Sanitation, dispensaries and jails vaccination Rajputana 1922-1927 - 1922-1927
Year: 1922
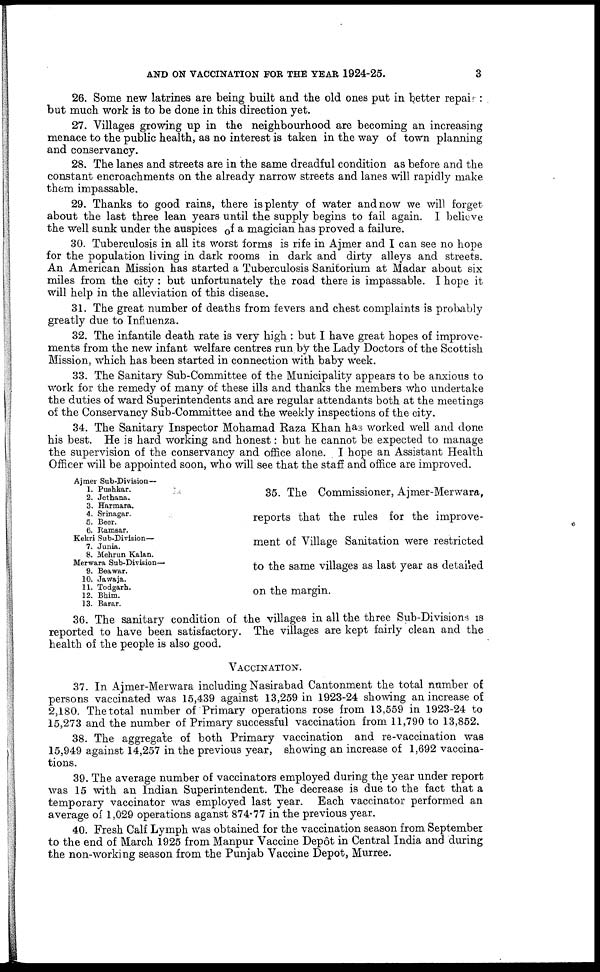
AND ON VACCINATION FOR THE YEAR 1924-25.
3
26. Some new latrines are being built and the old ones put in better repair :
but much work is to be done in this direction yet.
27. Villages growing up in the neighbourhood are becoming an increasing
menace to the public health, as no interest is taken in the way of town planning
and conservancy.
28. The lanes and streets are in the same dreadful condition as before and the
constant encroachments on the already narrow streets and lanes will rapidly make
them impassable.
29. Thanks to good rains, there is plenty of water and now we will forget
about the last three lean years until the supply begins to fail again. I believe
the well sunk under the auspices of a magician has proved a failure.
30. Tuberculosis in all its worst forms is rife in Ajmer and I can see no hope
for the population living in dark rooms in dark and dirty alleys and streets.
An American Mission has started a Tuberculosis Sanitorium at Madar about six
miles from the city : but unfortunately the road there is impassable. I hope it
will help in the alleviation of this disease.
31. The great number of deaths from fevers and chest complaints is probably
greatly due to Influenza.
32. The infantile death rate is very high : but I have great hopes of improve-
ments from the new infant welfare centres run by the Lady Doctors of the Scottish
Mission, which has been started in connection with baby week.
33. The Sanitary Sub-Committee of the Municipality appears to be anxious to
work for the remedy of many of these ills and thanks the members who undertake
the duties of ward Superintendents and are regular attendants both at the meetings
of the Conservancy Sub-Committee and the weekly inspections of the city.
34. The Sanitary Inspector Mohamad Raza Khan has worked well and done
his best. He is hard working and honest: but he cannot be expected to manage
the supervision of the conservancy and office alone. I hope an Assistant Health
Officer will be appointed soon, who will see that the staff and office are improved.
Ajmer Sub-Division—
1.
2.
3.
4.
5.
6.
Pushkar.
Jethana.
Harmara.
Srinagar.
Beer.
Ramsar.
Kekri Sub-Division—
7.
8.
Junia.
Mehrun Kalan.
Merwara Sub-Division—
9.
10.
11.
12.
13.
Beawar.
Jawaja.
Todgarh.
Bhim.
Barar.
35. The Commissioner, Ajmer-Merwara,
reports that the rules for the improve-
ment of Village Sanitation were restricted
to the same villages as last year as detailed
on the margin.
36. The sanitary condition of the villages in all the three Sub-Divisions is
reported to have been satisfactory. The villages are kept fairly clean and the
health of the people is also good.
VACCINATION.
37. In Ajmer-Merwara including Nasirabad Cantonment the total number of
persons vaccinated was 15,439 against 13,259 in 1923-24 showing an increase of
2,180. The total number of Primary operations rose from 13,559 in 1923-24 to
15,273 and the number of Primary successful vaccination from 11,790 to 13,852.
38. The aggregate of both Primary vaccination and re-vaccination was
15,949 against 14,257 in the previous year, showing an increase of 1,692 vaccina-
tions.
39. The average number of vaccinators employed during the year under report
was 15 with an Indian Superintendent. The decrease is due to the fact that a
temporary vaccinator was employed last year. Each vaccinator performed an
average of 1,029 operations aganst 874.77 in the previous year.
40. Fresh Calf Lymph was obtained for the vaccination season from September
to the end of March 1925 from Manpur Vaccine Depôt in Central India and during
the non-working season from the Punjab Vaccine Depot, Murree.